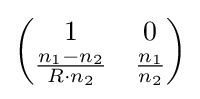
{\begin{pmatrix}1&0\\{\frac {n_{1}-n_{2}}{R\cdot n_{2}}}&{\frac {n_{1}}{n_{2}}}\end{pmatrix}}